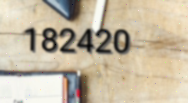
182420